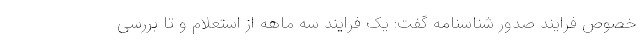
خصوص فرایند صدور شناسنامه گفت: یک فرایند سه ماهه از استعلام و تا بررسی